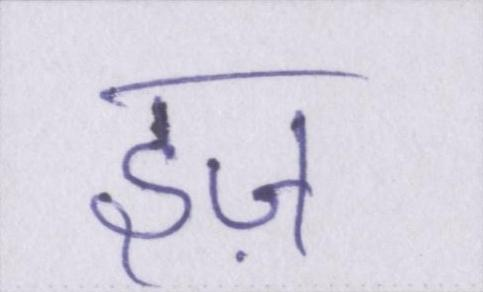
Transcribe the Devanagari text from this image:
इज़